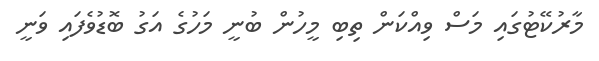
މާރުކޭޓުގައި މަސް ވިއްކަން ތިބި މީހުން ބުނީ މަހުގެ އަގު ބޮޑުވެފައި ވަނީ